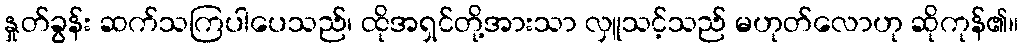
နှုတ်ခွန်း ဆက်သကြပါပေသည်၊ ထိုအရှင်တို့အားသာ လှူသင့်သည် မဟုတ်လောဟု ဆိုကုန်၏။